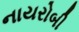
નાયરોબી